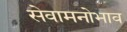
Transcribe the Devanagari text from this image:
सेवामनोभाव